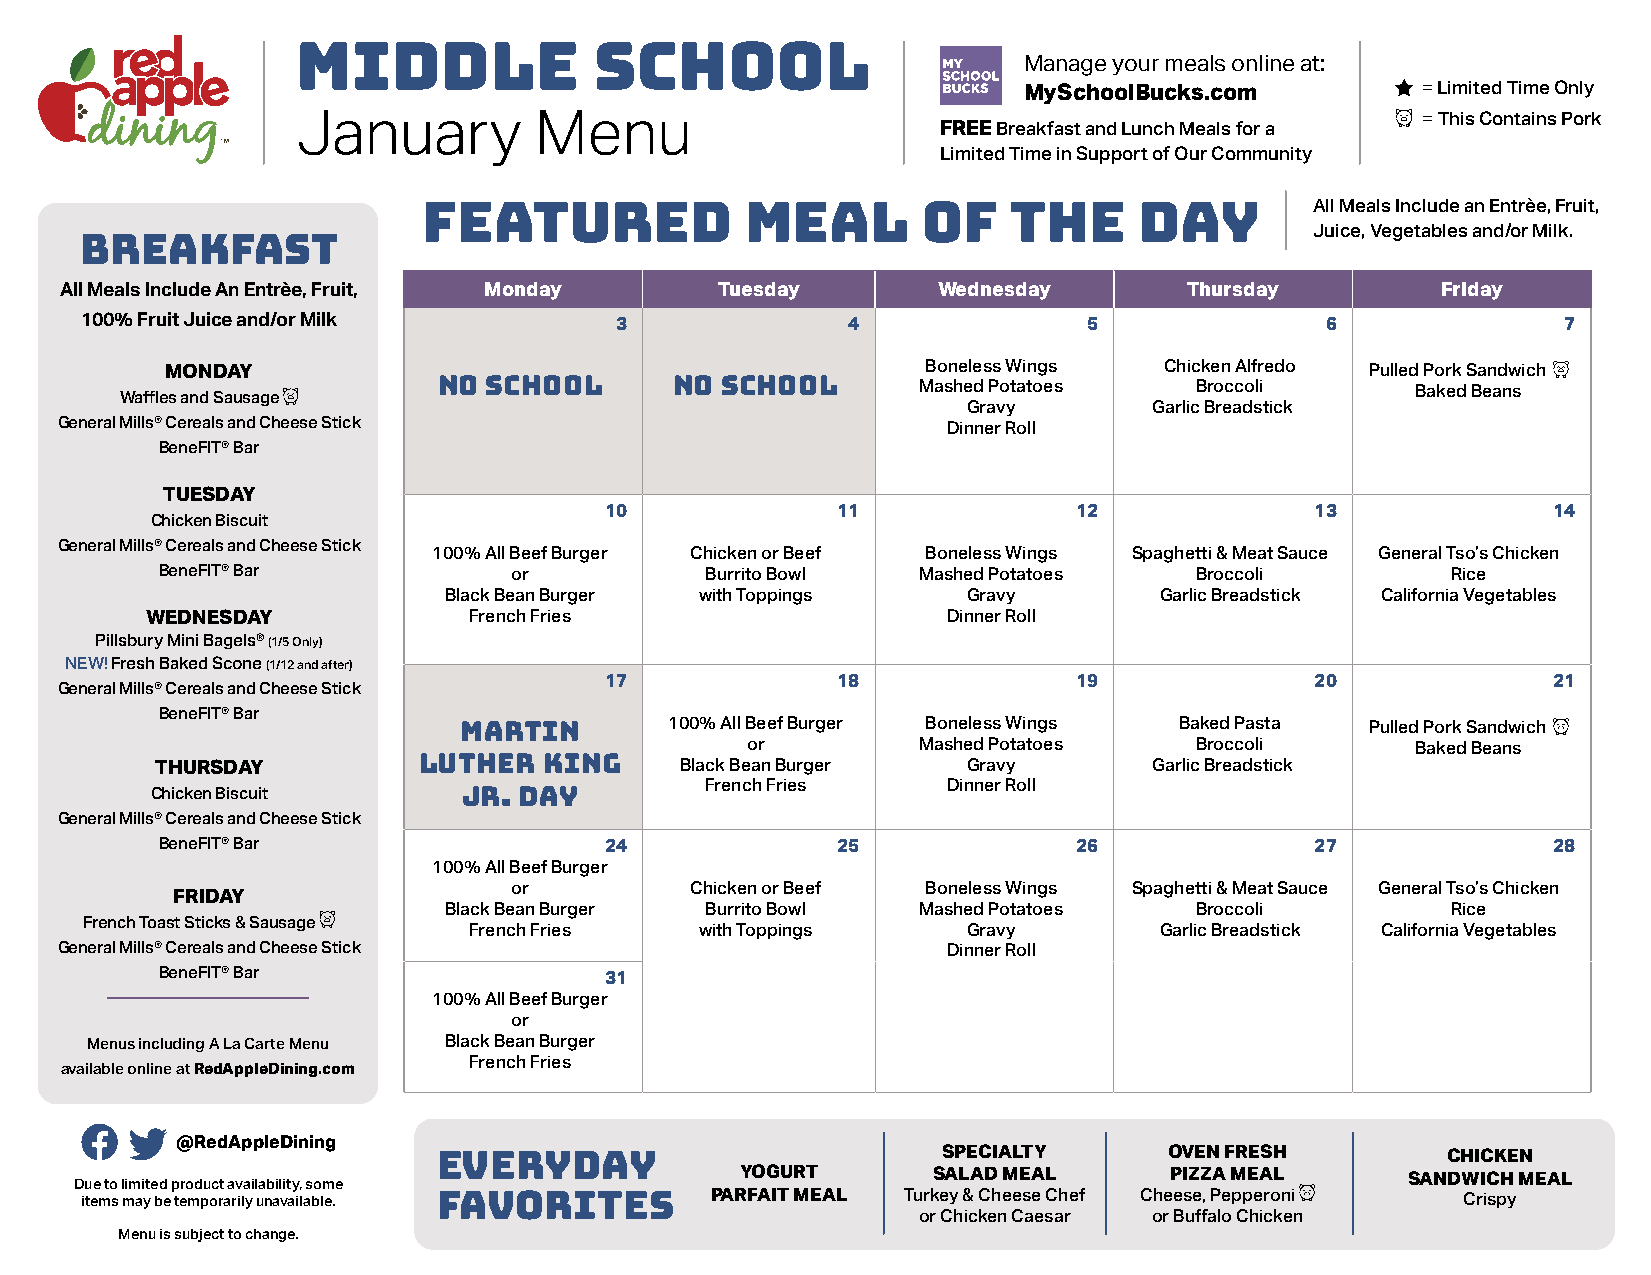
Manage your meals online at:
 Middle             SCHOOL
 MySchoolBucks.com         = Limited Time Only
 = This Contains Pork
 FREE Breakfast and Lunch Meals for a
 January        Menu
 Limited Time in Support of Our Community
 All Meals Include an Entrèe, Fruit,
 FEATURED             MEAL        of    the     Day         Juice, Vegetables and/or Milk.
 BREAKFAST
 All Meals Include An Entrèe, Fruit, Monday  Tuesday       Wednesday        Thursday        Friday
 100% Fruit Juice and/or Milk        3              4               5               6              7
 MONDAY                                            Boneless Wings  Chicken Alfredo Pulled Pork Sandwich
 Waffles and Sausage  NO SCHOOL       NO SCHOOL       Mashed Potatoes   Broccoli       Baked Beans
 Gravy       Garlic Breadstick E
 General Mills® Cereals and Cheese Stick
 Dinner Roll
 BeneFIT® Bar
 TUESDAY
 10             11              12              13              14
 Chicken Biscuit
 General Mills® Cereals and Cheese Stick
 100% All Beef Burger Chicken or Beef Boneless Wings Spaghetti & Meat Sauce General Tso’s Chicken
 BeneFIT® Bar           or           Burrito Bowl  Mashed Potatoes   Broccoli         Rice
 Black Bean Burger with Toppings    Gravy        Garlic Breadstick California Vegetables
 WEDNESDAY            French Fries                    Dinner Roll
 Pillsbury Mini Bagels® (1/5 Only)
 NEW! Fresh Baked Scone (1/12 and after)
 17             18              19              20              21
 General Mills® Cereals and Cheese Stick
 BeneFIT® Bar
 100% All Beef Burger Boneless Wings Baked Pasta Pulled Pork Sandwich
 MARTIN
 or          Mashed Potatoes   Broccoli       Baked Beans
 THURSDAY          LUTHER  KING     Black Bean Burger  Gravy       Garlic Breadstick E
 French Fries    Dinner Roll
 Chicken Biscuit
 JR. DAY
 General Mills® Cereals and Cheese Stick
 BeneFIT® Bar                 24             25              26              27              28
 100% All Beef Burger
 or          Chicken or Beef Boneless Wings Spaghetti & Meat Sauce General Tso’s Chicken
 FRIDAY
 Black Bean Burger Burrito Bowl  Mashed Potatoes   Broccoli         Rice
 French Toast Sticks & Sausage
 French Fries   with Toppings     Gravy        Garlic Breadstick California Vegetables
 General Mills® Cereals and Cheese Stick                    Dinner Roll
 BeneFIT® Bar                 31
 100% All Beef Burger
 or
 Menus including A La Carte Menu Black Bean Burger
 French Fries
 available online at RedAppleDining.com
 @RedAppleDining
 SPECIALTY      OVEN FRESH         CHICKEN
 Due to limited product availability, some Everyday YOGURT SALAD MEAL    PIZZA MEAL      SANDWICH MEAL
 items may be temporarily unavailable.     PARFAIT MEAL Turkey & Cheese Chef Cheese, Pepperoni Crispy
 favorites                       or Chicken Caesar or Buffalo Chicken
 Menu is subject to change.